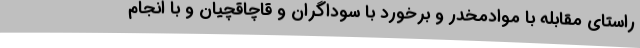
راستای مقابله با موادمخدر و برخورد با سوداگران و قاچاقچیان و با انجام